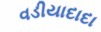
વડીયાદાદા